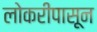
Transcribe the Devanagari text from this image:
लोकरीपासून